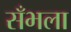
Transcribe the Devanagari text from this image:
सँभला